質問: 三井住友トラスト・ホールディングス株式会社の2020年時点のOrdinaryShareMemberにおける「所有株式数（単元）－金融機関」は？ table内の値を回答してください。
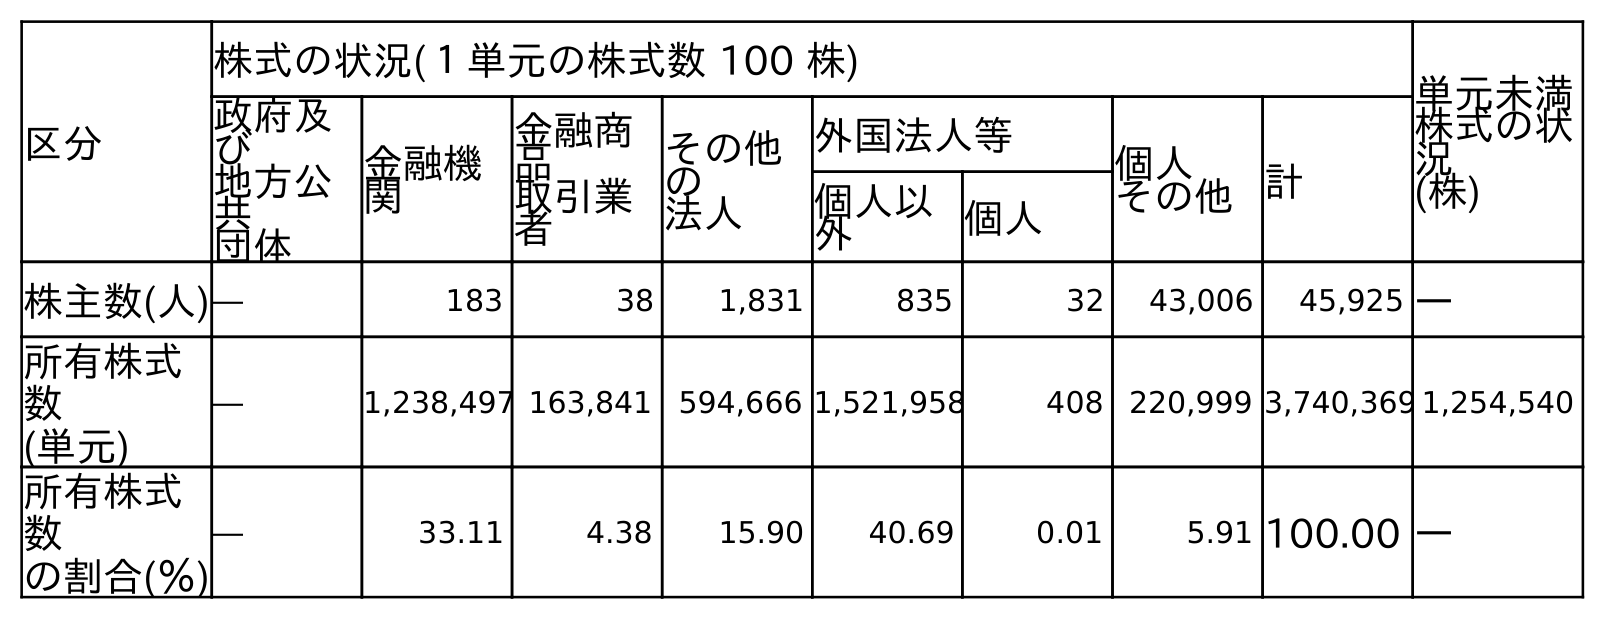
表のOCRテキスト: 区分 株式の状況(１単元の株式数 100 株) 単元未満 株式の状 況 (株) 政府及 び 地方公 共 団体 金融機 関 金融商 品 取引業 者 その他 の 法人 外国法人等 個人 その他計 個人以 外 個人 株主数(人)― 183 38 1,831 835 32 43,006 45,925 ― 所有株式 数 (単元) ― 1,238,497 163,841 594,666 1,521,958 408 220,999 3,740,369 1,254,540 所有株式 数 の割合(％) ― 33.11 4.38 15.90 40.69 0.01 5.91 100.00 ―
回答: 1,238,497